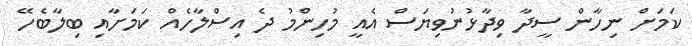
ކަމަށް ނިހާން ސީދާ ވިދާޅުނުވިޔަސް އެއީ މުހިންމު ދެ އިސްލާހެއް ކަމަށާއި ބިލާބެހޭ